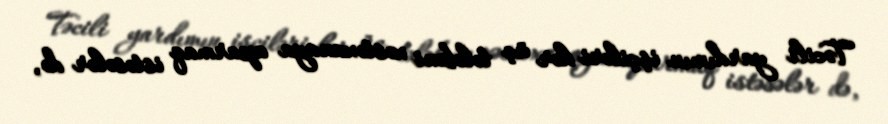
Təcili yardımın işçiləri hər üç tələbəni xəstəxanaya aparmaq istəsələr də,